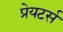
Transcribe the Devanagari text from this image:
प्रेयटर्स